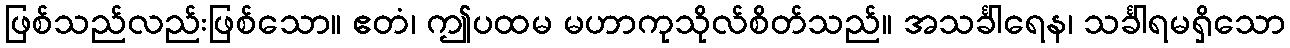
ဖြစ်သည်လည်းဖြစ်သော။ ဧတံ၊ ဤပထမ မဟာကုသိုလ်စိတ်သည်။ အသင်္ခါရေန၊ သင်္ခါရမရှိသော